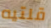
قلتيه